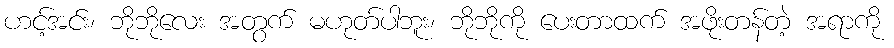
ဟင့်အင်း၊ ဘိုဘိုလေး အတွက် မဟုတ်ပါဘူး၊ ဘိုဘိုကို ပေးတာထက် အဖိုးတန်တဲ့ အရာကို